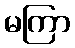
မကြာ